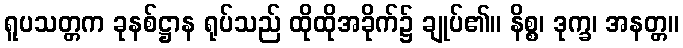
ရူပသတ္တက ခုနစ်ဋ္ဌာန ရုပ်သည် ထိုထိုအခိုက်၌ ချုပ်၏။ နိစ္စ၊ ဒုက္ခ၊ အနတ္တ။